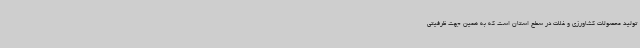
تولید محصولات کشاورزی و غلات در سطح استان است که به همین جهت ظرفیتی